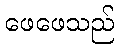
ဖေဖေသည်